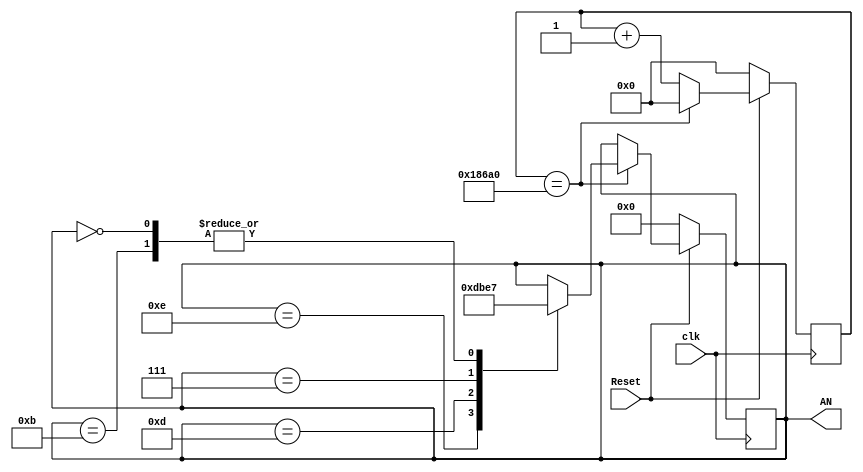
`timescale 1ns / 1ps
//////////////////////////////////////////////////////////////////////////////////
// Company: 
// Engineer: 
// 
// Design Name: 
// Module Name: counter
// Project Name: 
// Target Devices: 
// Tool Versions: 
// Description: 
// 
// Dependencies: 
// 
// Revision:
// Revision 0.01 - File Created
// Additional Comments:
// 
//////////////////////////////////////////////////////////////////////////////////


module counter(
    input clk,
    input Reset,
    output reg[3:0] AN
    );
    reg [16:0] counter;
    parameter limit = 100000;
    initial begin
            counter <= 0;
            AN <= 4'b0111;
        end
            
        always@ (posedge clk)//
            begin
            if(Reset == 0) begin
              counter <= 0;
              AN <= 4'b0000;
            end else begin
                counter <= counter + 1;
                if(counter == limit)
                    begin
                        counter <= 0;
                        case(AN)
                            4'b1110 : begin
                                AN <= 4'b1101;
                            end
                            4'b1101 : begin
                                AN <= 4'b1011;
                            end
                            4'b1011 : begin
                                AN <= 4'b0111;
                            end
                            4'b0111 : begin
                                AN <= 4'b1110;
                            end
                           4'b0000 : begin
                                AN <= 4'b0111;
                           end
                        endcase
                    end
                end
            end
endmodule